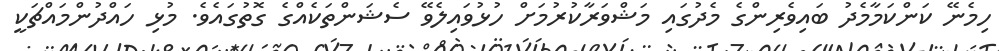
ހިމެނޭ ކަންކަމާމެދު ބައިވެރިންގެ މެދުގައި މަޝްވަރާކުރުމަށް ހުޅުވައިލެވޭ ސެޝަންތަކެއްގެ ގޮތުގައެވެ. މުޅި ހައްދުންމައްޗަކީ